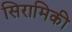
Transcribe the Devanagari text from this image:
सिरामिकी